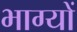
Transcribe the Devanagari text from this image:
भाग्यों